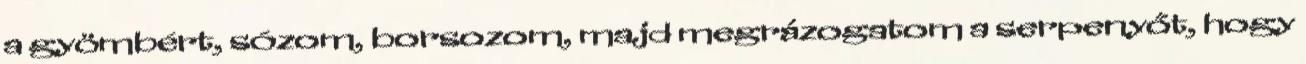
a gyömbért, sózom, borsozom, majd megrázogatom a serpenyőt, hogy